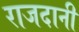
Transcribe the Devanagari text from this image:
राजदानी